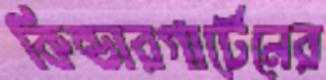
কিন্ডারগার্টেনের